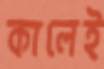
কালেই